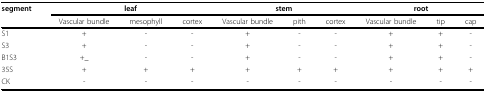
| segment | <COLSPAN=3> leaf | <COLSPAN=3> stem | <COLSPAN=3> root |
 |  | Vascular bundle | mesophyll | cortex | Vascular bundle | pith | cortex | Vascular bundle | tip | cap |
 | --- | --- | --- | --- | --- | --- | --- | --- | --- | --- |
 | S1 | + | - | - | + | - | - | + | + | - |
 | S3 | + | - | - | + | - | - | + | + | - |
 | B1S3 | +_ | - | - | + | - | - | + | + | - |
 | 35S | + | + | + | + | + | + | + | + | + |
 | CK | - | - | - | - | - | - | - | - | - |